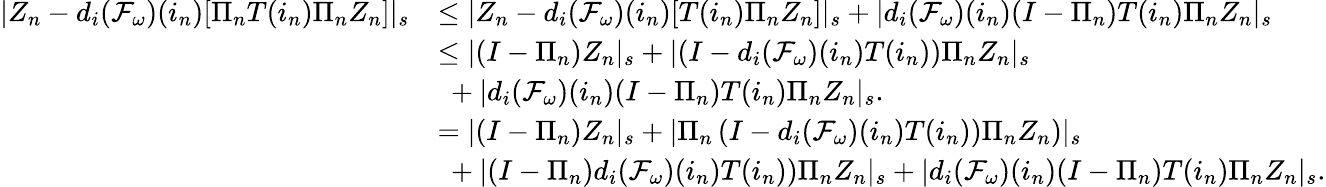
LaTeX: \begin{array}{rl}{|Z_{n}-d_{i}(\mathcal{F}_{\omega})(i_{n})[\Pi_{n}T(i_{n})\Pi_{n}Z_{n}]|_{s}}&{\le|Z_{n}-d_{i}(\mathcal{F}_{\omega})(i_{n})[T(i_{n})\Pi_{n}Z_{n}]|_{s}+|d_{i}(\mathcal{F}_{\omega})(i_{n})(I-\Pi_{n})T(i_{n})\Pi_{n}Z_{n}|_{s}}\\ &{\le|(I-\Pi_{n})Z_{n}|_{s}+|(I-d_{i}(\mathcal{F}_{\omega})(i_{n})T(i_{n}))\Pi_{n}Z_{n}|_{s}}\\ &{\ +|d_{i}(\mathcal{F}_{\omega})(i_{n})(I-\Pi_{n})T(i_{n})\Pi_{n}Z_{n}|_{s}.}\\ &{=|(I-\Pi_{n})Z_{n}|_{s}+|\Pi_{n}\left(I-d_{i}(\mathcal{F}_{\omega})(i_{n})T(i_{n}))\Pi_{n}Z_{n}\right)|_{s}}\\ &{\ +|(I-\Pi_{n})d_{i}(\mathcal{F}_{\omega})(i_{n})T(i_{n}))\Pi_{n}Z_{n}|_{s}+|d_{i}(\mathcal{F}_{\omega})(i_{n})(I-\Pi_{n})T(i_{n})\Pi_{n}Z_{n}|_{s}.}\end{array}